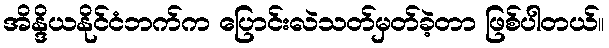
အိန္ဒိယနိုင်ငံဘက်က ပြောင်းလဲသတ်မှတ်ခဲ့တာ ဖြစ်ပါတယ်။